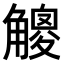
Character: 𧤸